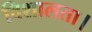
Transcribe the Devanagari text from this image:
विशालता।